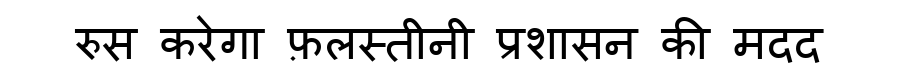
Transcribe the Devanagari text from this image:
रुस करेगा फ़लस्तीनी प्रशासन की मदद